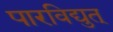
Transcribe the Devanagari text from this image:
पारविद्युत्